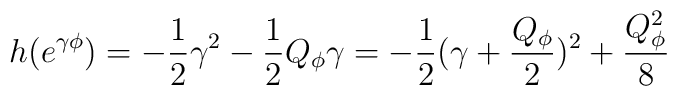
h(e^{\gamma\phi})=-{1\over 2}\gamma^2-{1\over 2}Q_{\phi}\gamma=-{1\over 2}(\gamma+{Q_{\phi}\over 2})^2+{Q_{\phi}^2\over 8}